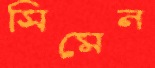
সিমেন